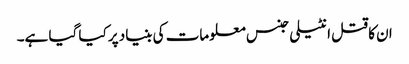
ان کا قتل انٹیلی جنس معلومات کی بنیاد پر کیا گیا ہے۔